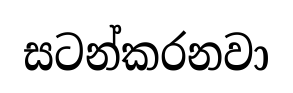
සටන්කරනවා